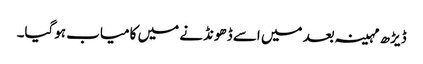
ڈیڑھ مہینہ بعد میں اسے ڈھونڈنے میں کامیاب ہوگیا۔